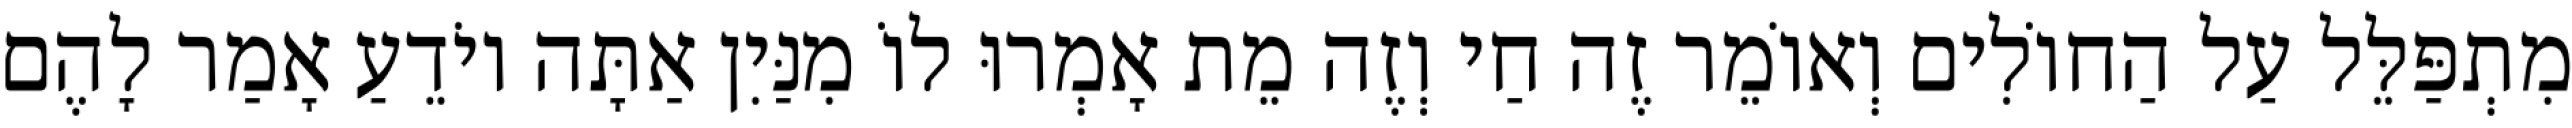
מִתְפַּלֵּל עַל הַחוֹלִים וְאוֹמֵר זֶה חַי וְזֶה מֵת אָמְרוּ לוֹ מִנַּיִן אַתָּה יוֹדֵעַ אָמַר לָהֶם